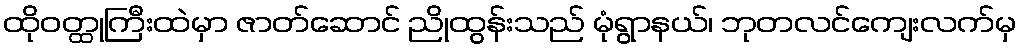
ထိုဝတ္ထုကြီးထဲမှာ ဇာတ်ဆောင် ညိုထွန်းသည် မုံရွာနယ်၊ ဘုတလင်ကျေးလက်မှ